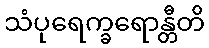
သံပုရေက္ခရောန္တီတိ